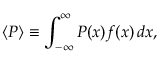
\langle P \rangle \equiv \int _ { - \infty } ^ { \infty } P ( x ) f ( x ) \, d x ,